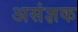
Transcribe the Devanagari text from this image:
असंज्ञक